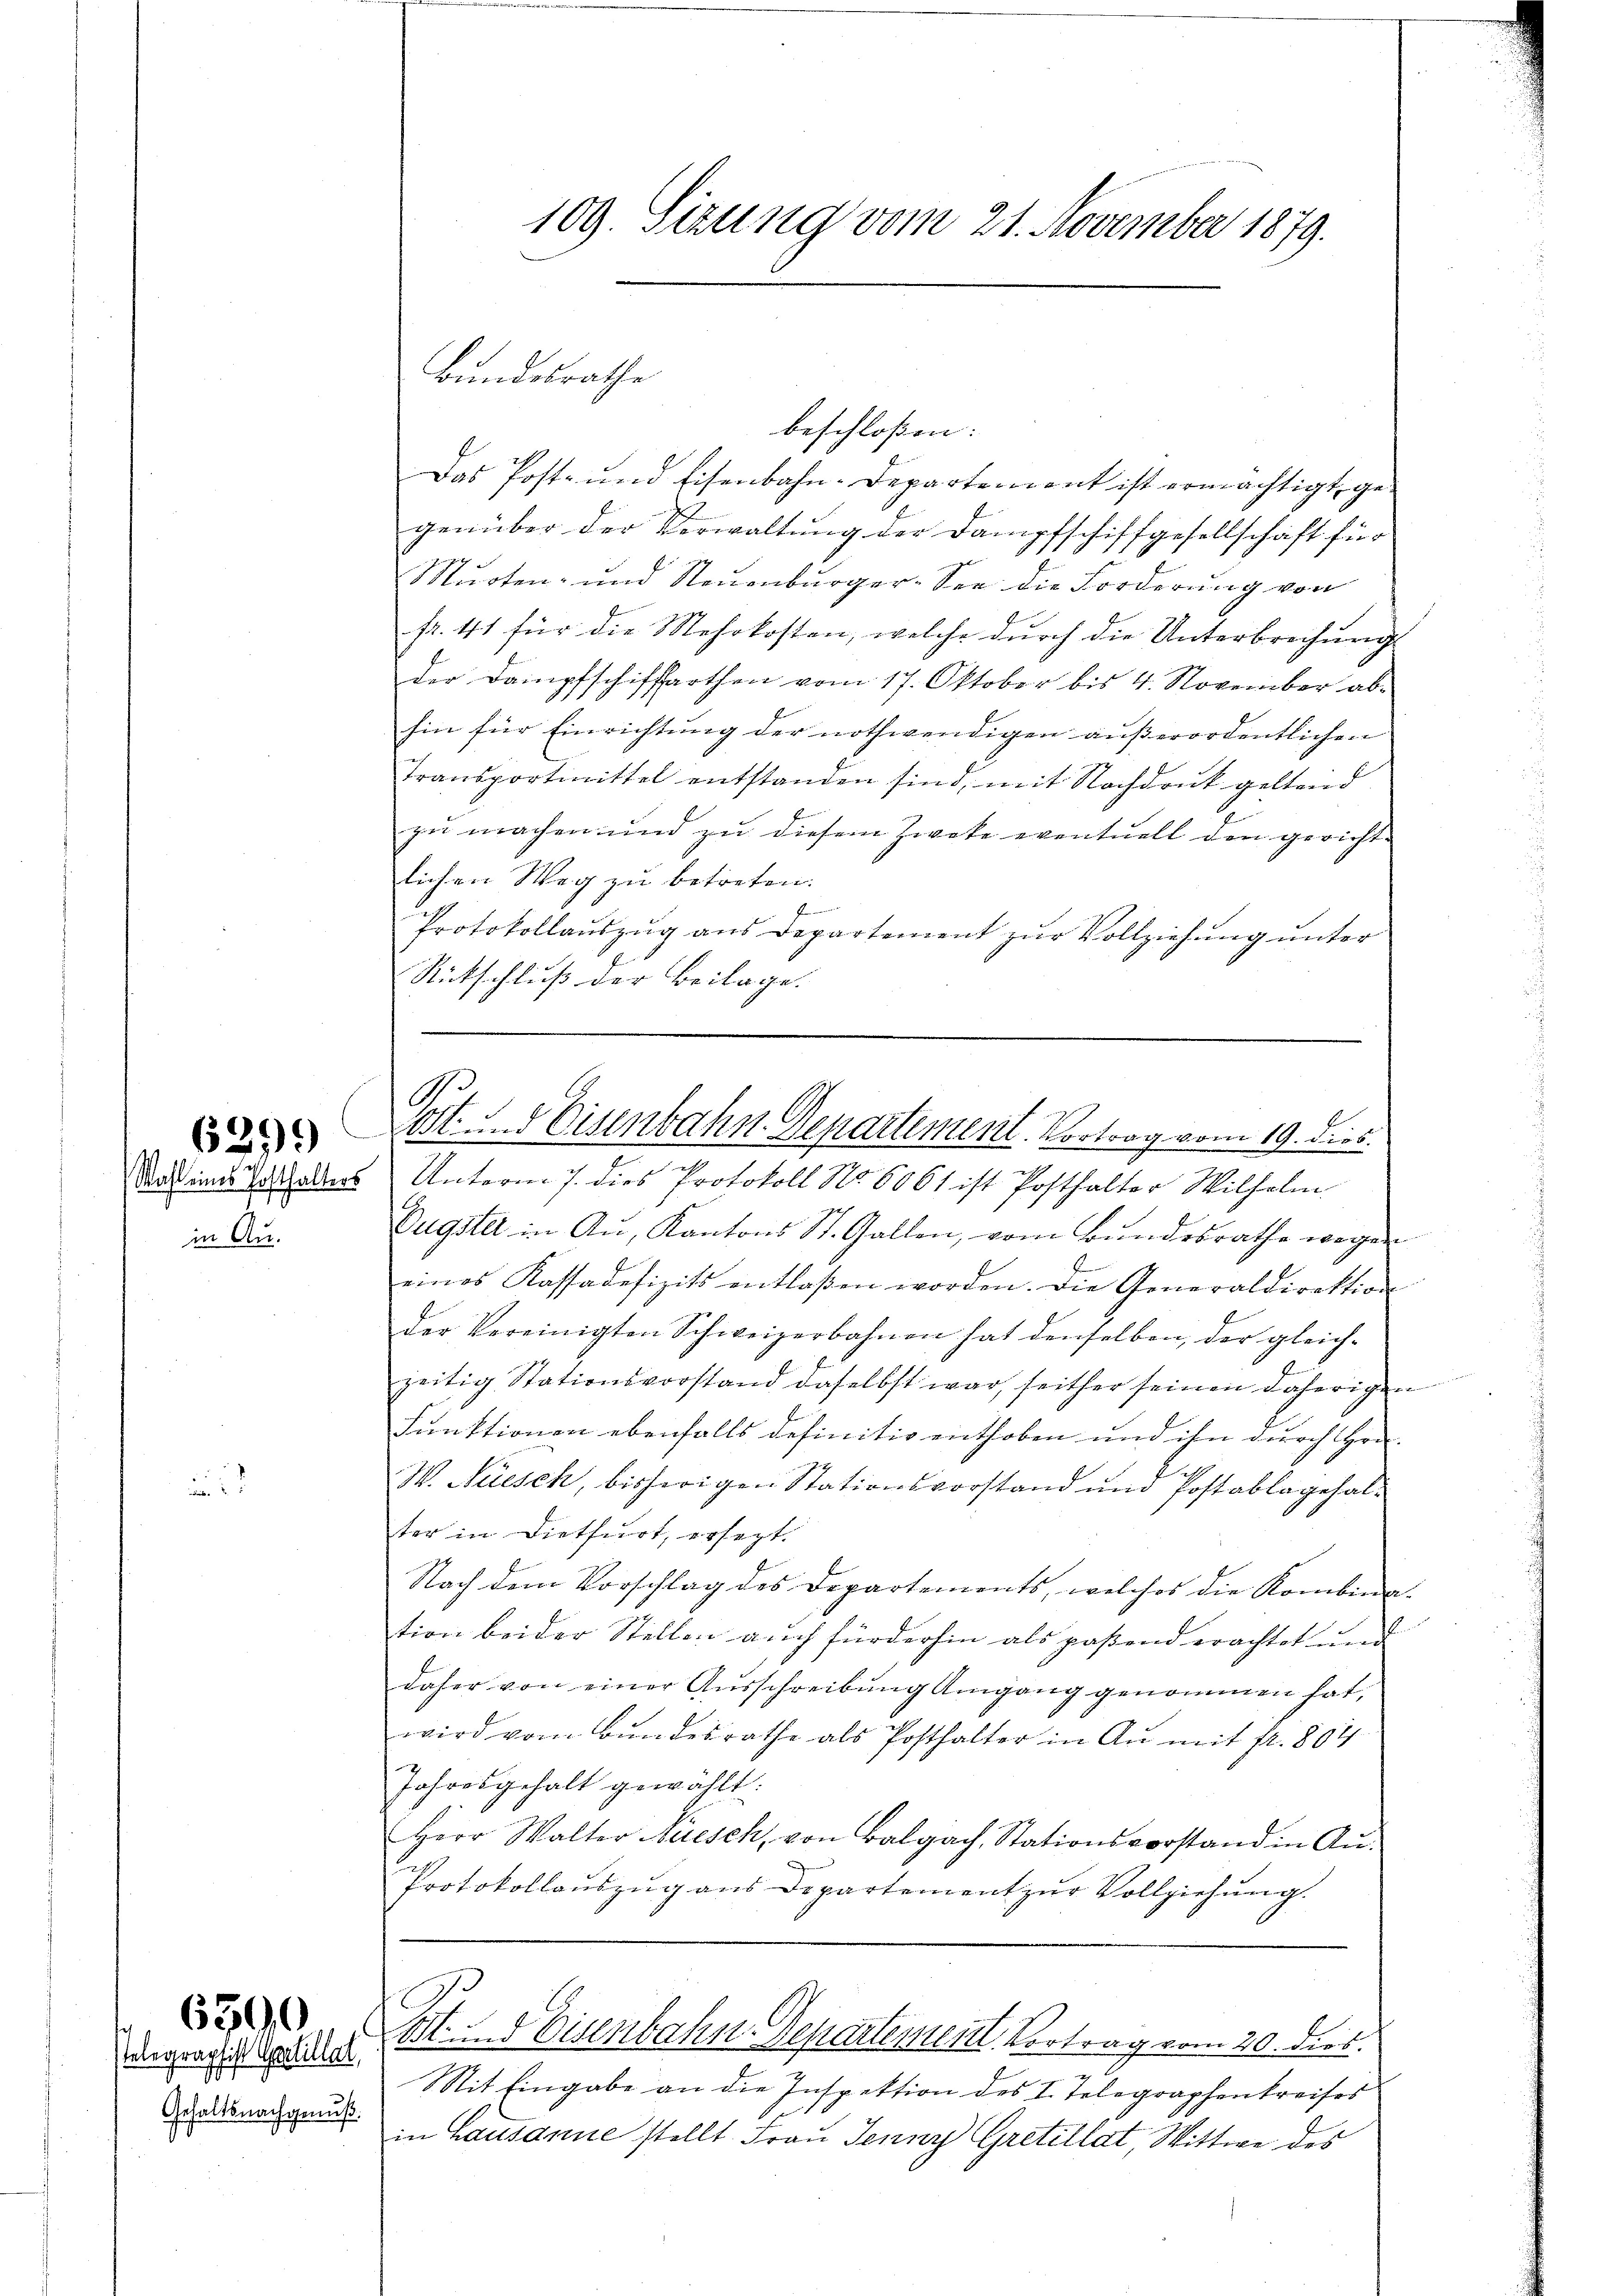
6399

in Au¬

telegraphist Gertillet,
Gehaltsnachgenuß.

6590

beschloßen:
Das Post- und Eisenbahn-Departement ist ermächtigt, gegenüber der Verwaltung der Dampfschiffgesellschaft für
Muoten- und Neuenburger-See die Forderung von
fr. 41 für die Mehrkosten, welche durch die Unterbrechung
der Dampfschifffarthen vom 17. Oktober bis 4. November abhin für Einrichtung der nothwendigen außerordentlichen
Transportmittel entstanden sind, mit Nachdruck geltend
zu machen und zu diesem Zweke eventuell den gericht-
lichen Weg zu betreten.
F
Protokollauszug aus Departement zur Vollziehung unter
Rütschluß der Beilage.

Bundesrathe

109. Sitzung vom 21. November 1879.

.
Post und Eisenbahn. Departement. Vortrag vom 19. dies

e
J
Stas und Totthalters Unterm 7. dies Protokoll No 6061 ist Posthalter Wilhelm
Eugster in Aŭ, Kantons St. Gallen, vom Bundesrathe wegen
eines Kassadefizits entlaßen worden. Die Generaldirektion
der Vereinigten Schweizerbahnen hat denselben, der gleich-
zeitig Stationsvorstand daselbst war, seither seinen daherigen
Funktionen ebenfalls definitiv enthoben und ihn durch Hrn.
e
W. Nüsch, bisherigen Stationsvorstand und Postablagehalter in Dietfurt, ersezt.
Nach dem Vorschlag des Departements, welches die Kombination beider Stellen auch fürderhin als paßend erachtet und
daher von einer Ausschreibung Umgang genommen hat,
wird vom Bundesrathe als Posthalter in Au mit fr. 804
Jahresgehalt gewählt:
Herr Walter Niesch, von Balgach, Stationsvorstand in An-
a
Protokollauszug aus Departement zur Vollziehung.
E
Mt. und Eisenbahn-Departement. Vortrag vom 20. dies.
Sit Eingabe an die Inspektion des I. Telegraphenkreises
in Lausanne stellt Frau Jenny Gretillat, Wittwe des